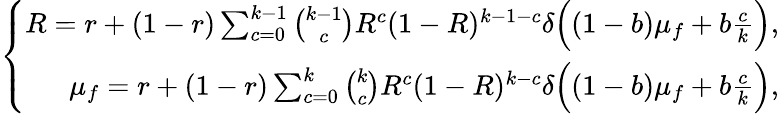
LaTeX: \left\{ \begin{array}{r}{R=r+(1-r)\sum_{c=0}^{k-1}\binom{k-1}{c}R^{c}(1-R)^{k-1-c}\delta\Big((1-b)\mu_{f}+b\frac{c}{k}\Big),}\\ {\mu_{f}=r+(1-r)\sum_{c=0}^{k}\binom{k}{c}R^{c}(1-R)^{k-c}\delta\Big((1-b)\mu_{f}+b\frac{c}{k}\Big),}\end{array}\right.